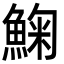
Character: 䱡